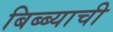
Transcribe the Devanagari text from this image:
बिब्ब्याची